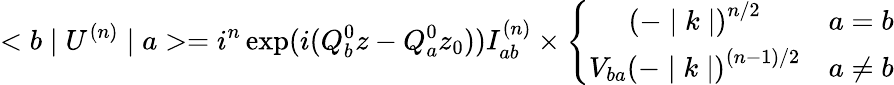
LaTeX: <b\mid U^{(n)}\mid a>=i^{n}\exp(i(Q_{b}^{0}z-Q_{a}^{0}z_{0}))I_{ab}^{(n)}\times\left\{ \begin{array}{cc}{{\left(-\mid k\mid\right)^{n/2}}}&{{a=b}}\\ {{V_{ba}\left(-\mid k\mid\right)^{(n-1)/2}}}&{{a\not=b}}\end{array}\right.